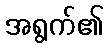
အရွက်၏